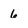
Character: 6